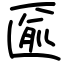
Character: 匬